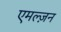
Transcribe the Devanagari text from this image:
एमल्ज़न